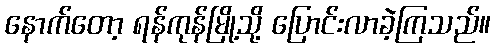
နောက်တော့ ရန်ကုန်မြို့သို့ ပြောင်းလာခဲ့ကြသည်။